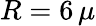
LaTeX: R=6\, \mu